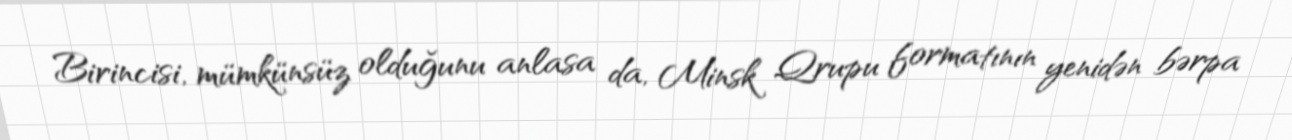
Birincisi, mümkünsüz olduğunu anlasa da, Minsk Qrupu formatının yenidən bərpa